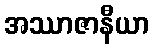
အဿာဇာနီယာ